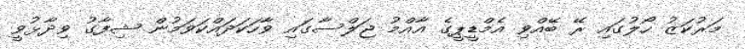
މަރުކަޒު ހޯލުގައި ރޭ ބޭއްވި އެމްޑީޕީގެ އާއްމު ޖަލްސާގައި ވާހަކަދައްކަވަމުން ޝިފާގު ވިދާޅުވީ